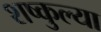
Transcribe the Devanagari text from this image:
शष्कुल्या